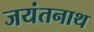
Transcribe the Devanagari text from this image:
जयंतनाथ